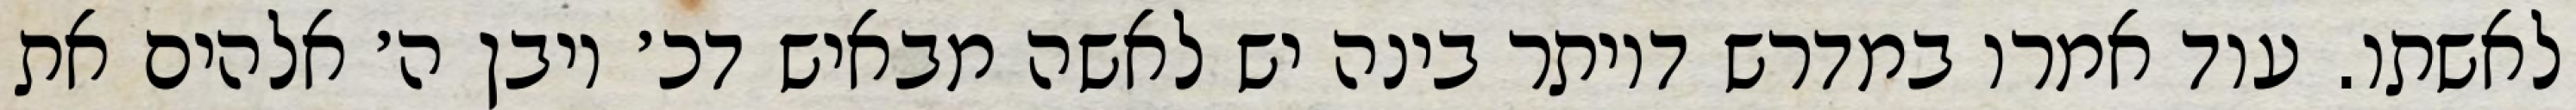
לאשתו. עוד אמרו במדרש דיותר בינה יש לאשה מבאיש דכ׳ ויבן ה׳ אלהים את